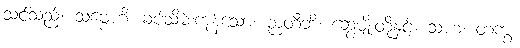
သင်သည်။ သဗ္ဗေဟိ၊ ခပ်သိမ်းကုန်သော။ ဉာတီဘိ၊ ဆွေမျိုးတို့နှင့်။ သဟ၊ တကွ။